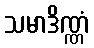
သမာဒိဏ္ဏံ